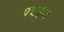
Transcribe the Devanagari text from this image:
पद्मकुंड